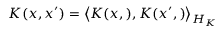
K ( x , x ^ { \prime } ) = \left\langle K ( x , ) , K ( x ^ { \prime } , ) \right\rangle _ { { \cal { H } } _ { K } }